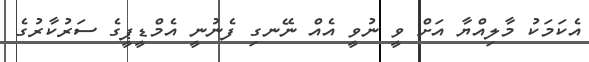
އެކަމަކު މާލިއްޔާ އަށް ވީ ނުވީ އެއް ނޭނގި ފެނުނީ އެމްޑީޕީގެ ސަރުކާރުގެ